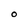
Character: O